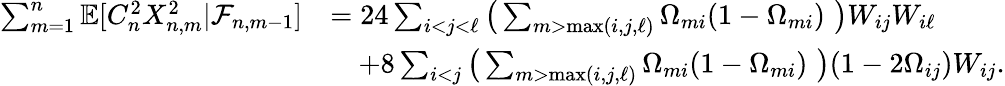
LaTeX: \begin{array}{rl}{\sum_{m=1}^{n}\mathbb{E}[C_{n}^{2}X_{n,m}^{2}|\mathcal{F}_{n,m-1}]}&{=24\sum_{i<j<\ell}\big(\sum_{m>\operatorname*{max}(i,j,\ell)}\Omega_{mi}(1-\Omega_{mi})\, \, \big)W_{ij}W_{i\ell}}\\ &{\quad+8\sum_{i<j}\big(\sum_{m>\operatorname*{max}(i,j,\ell)}\Omega_{mi}(1-\Omega_{mi})\, \, \big)(1-2\Omega_{ij})W_{ij}.}\end{array}